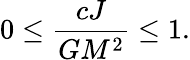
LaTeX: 0\leq{\frac{cJ}{GM^{2}}}\leq 1.